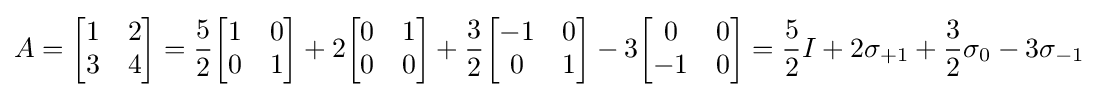
A={\begin{bmatrix}1&2\\3&4\end{bmatrix}}={\frac {5}{2}}{\begin{bmatrix}1&0\\0&1\end{bmatrix}}+2{\begin{bmatrix}0&1\\0&0\end{bmatrix}}+{\frac {3}{2}}{\begin{bmatrix}-1&0\\0&1\end{bmatrix}}-3{\begin{bmatrix}0&0\\-1&0\end{bmatrix}}={\frac {5}{2}}I+2\sigma _{+1}+{\frac {3}{2}}\sigma _{0}-3\sigma _{-1}